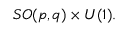
S O ( p , q ) \times U ( 1 ) .